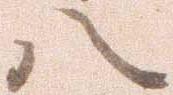
八